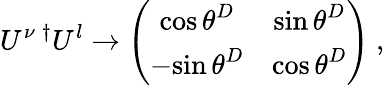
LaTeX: U^{\nu}\, ^{\dagger}U^{l}\rightarrow\left(\begin{array}{cc}{{{\cos\theta}^{D}}}&{{{\sin\theta}^{D}}}\\ {{-{\sin\theta}^{D}}}&{{{\cos\theta}^{D}}}\end{array}\right)\ ,